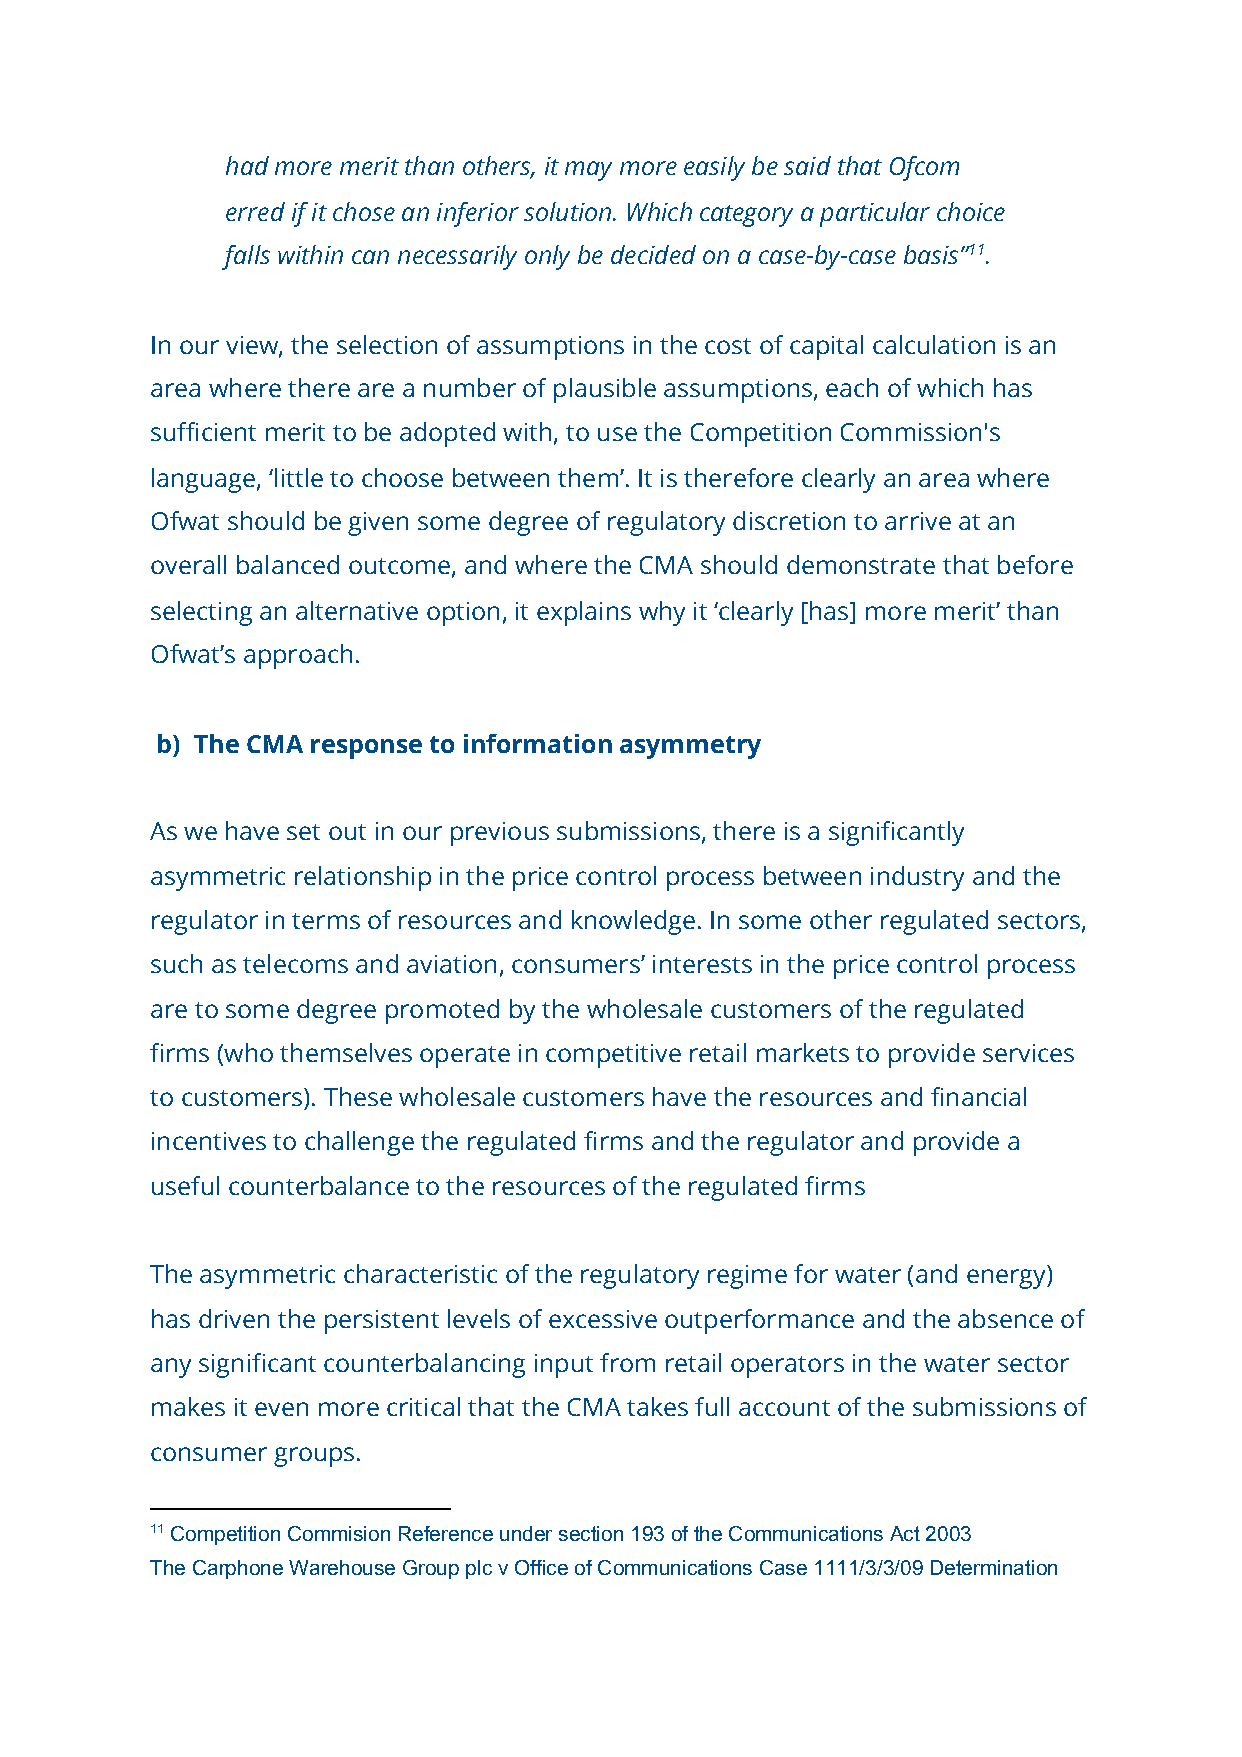
had more merit than others, it may more easily be said that Ofcom
 erred if it chose an inferior solution. Which category a particular choice
 falls within can necessarily only be decided on a case-by-case basis”​11.​
 In our view, the selection of assumptions in the cost of capital calculation is an
 area where there are a number of plausible assumptions, each of which has
 sufficient merit to be adopted with, to use the Competition Commission's
 language, ‘little to choose between them’. It is therefore clearly an area where
 Ofwat should be given some degree of regulatory discretion to arrive at an
 overall balanced outcome, and where the CMA should demonstrate that before
 selecting an alternative option, it explains why it ‘clearly [has] more merit’ than
 Ofwat’s approach.
 b) The CMA response to information asymmetry
 As we have set out in our previous submissions, there is a significantly
 asymmetric relationship in the price control process between industry and the
 regulator in terms of resources and knowledge. In some other regulated sectors,
 such as telecoms and aviation, consumers’ interests in the price control process
 are to some degree promoted by the wholesale customers of the regulated
 firms (who themselves operate in competitive retail markets to provide services
 to customers). These wholesale customers have the resources and financial
 incentives to challenge the regulated firms and the regulator and provide a
 useful counterbalance to the resources of the regulated firms
 The asymmetric characteristic of the regulatory regime for water (and energy)
 has driven the persistent levels of excessive outperformance and the absence of
 any significant counterbalancing input from retail operators in the water sector
 makes it even more critical that the CMA takes full account of the submissions of
 consumer groups.
 11 Competition Commision Reference under section 193 of the Communications Act 2003
 The Carphone Warehouse Group plc v Office of Communications Case 1111/3/3/09 Determination